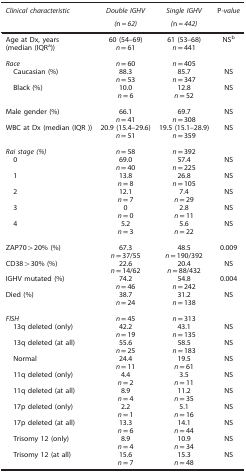
<table><thead><tr><td><b><i>Clinical characteristic</i></b></td><td><b><i>Double IGHV</i></b></td><td><b><i>Single IGHV</i></b></td><td><b>P<i>-value</i></b></td></tr><tr><td><b> </b></td><td><b><i>(</i>n=<i>62)</i></b></td><td><b><i>(</i>n=<i>442)</i></b></td><td><b> </b></td></tr></thead><tbody><tr><td>Age at Dx, years (median (IQRa))</td><td>60 (54–69)<i>n</i>=61</td><td>61 (53–68)<i>n</i>=441</td><td>NSb</td></tr><tr><td> </td><td> </td><td> </td><td> </td></tr><tr><td><i>Race</i></td><td><i>n</i>=60</td><td><i>n</i>=405</td><td> </td></tr><tr><td> Caucasian (%)</td><td>88.3<i>n</i>=53</td><td>85.7<i>n</i>=347</td><td>NS</td></tr><tr><td> Black (%)</td><td>10.0<i>n</i>=6</td><td>12.8<i>n</i>=52</td><td>NS</td></tr><tr><td> </td><td> </td><td> </td><td> </td></tr><tr><td>Male gender (%)</td><td>66.1<i>n</i>=41</td><td>69.7<i>n</i>=308</td><td>NS</td></tr><tr><td>WBC at Dx (median (IQR))</td><td>20.9 (15.4–29.6)<i>n</i>=51</td><td>19.5 (15.1–28.9)<i>n</i>=359</td><td>NS</td></tr><tr><td> </td><td> </td><td> </td><td> </td></tr><tr><td><i>Rai stage (%)</i></td><td><i>n</i>=58</td><td><i>n</i>=392</td><td> </td></tr><tr><td> 0</td><td>69.0<i>n</i>=40</td><td>57.4<i>n</i>=225</td><td>NS</td></tr><tr><td> 1</td><td>13.8<i>n</i>=8</td><td>26.8<i>n</i>=105</td><td>NS</td></tr><tr><td> 2</td><td>12.1<i>n</i>=7</td><td>7.4<i>n</i>=29</td><td>NS</td></tr><tr><td> 3</td><td>0<i>n</i>=0</td><td>2.8<i>n</i>=11</td><td>NS</td></tr><tr><td> 4</td><td>5.2<i>n</i>=3</td><td>5.6<i>n</i>=22</td><td>NS</td></tr><tr><td> </td><td> </td><td> </td><td> </td></tr><tr><td>ZAP70&gt;20% (%)</td><td>67.3<i>n</i>=37/55</td><td>48.5<i>n</i>=190/392</td><td>0.009</td></tr><tr><td>CD38&gt;30% (%)</td><td>22.6<i>n</i>=14/62</td><td>20.4<i>n</i>=88/432</td><td>NS</td></tr><tr><td>IGHV mutated (%)</td><td>74.2<i>n</i>=46</td><td>54.8<i>n</i>=242</td><td>0.004</td></tr><tr><td>Died (%)</td><td>38.7<i>n</i>=24</td><td>31.2<i>n</i>=138</td><td>NS</td></tr><tr><td> </td><td> </td><td> </td><td> </td></tr><tr><td><i>FISH</i></td><td><i>n</i>=45</td><td><i>n</i>=313</td><td> </td></tr><tr><td> 13q deleted (only)</td><td>42.2<i>n</i>=19</td><td>43.1<i>n</i>=135</td><td>NS</td></tr><tr><td> 13q deleted (at all)</td><td>55.6<i>n</i>=25</td><td>58.5<i>n</i>=183</td><td>NS</td></tr><tr><td> Normal</td><td>24.4<i>n</i>=11</td><td>19.5<i>n</i>=61</td><td>NS</td></tr><tr><td> 11q deleted (only)</td><td>4.4<i>n</i>=2</td><td>3.5<i>n</i>=11</td><td>NS</td></tr><tr><td> 11q deleted (at all)</td><td>8.9<i>n</i>=4</td><td>11.2<i>n</i>=35</td><td>NS</td></tr><tr><td> 17p deleted (only)</td><td>2.2<i>n</i>=1</td><td>5.1<i>n</i>=16</td><td>NS</td></tr><tr><td> 17p deleted (at all)</td><td>13.3<i>n</i>=6</td><td>14.1<i>n</i>=44</td><td>NS</td></tr><tr><td> Trisomy 12 (only)</td><td>8.9<i>n</i>=4</td><td>10.9<i>n</i>=34</td><td>NS</td></tr><tr><td> Trisomy 12 (at all)</td><td>15.6<i>n</i>=7</td><td>15.3<i>n</i>=48</td><td>NS</td></tr></tbody></table>